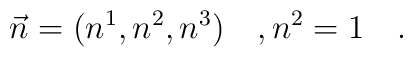
\vec{n} = (n^{1},n^{2},n^{3}) ~~~, n^{2} = 1~~~.